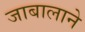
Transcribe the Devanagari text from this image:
जाबालाने